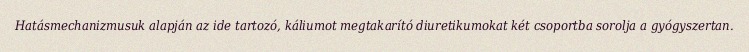
Hatásmechanizmusuk alapján az ide tartozó, káliumot megtakarító diuretikumokat két csoportba sorolja a gyógyszertan.